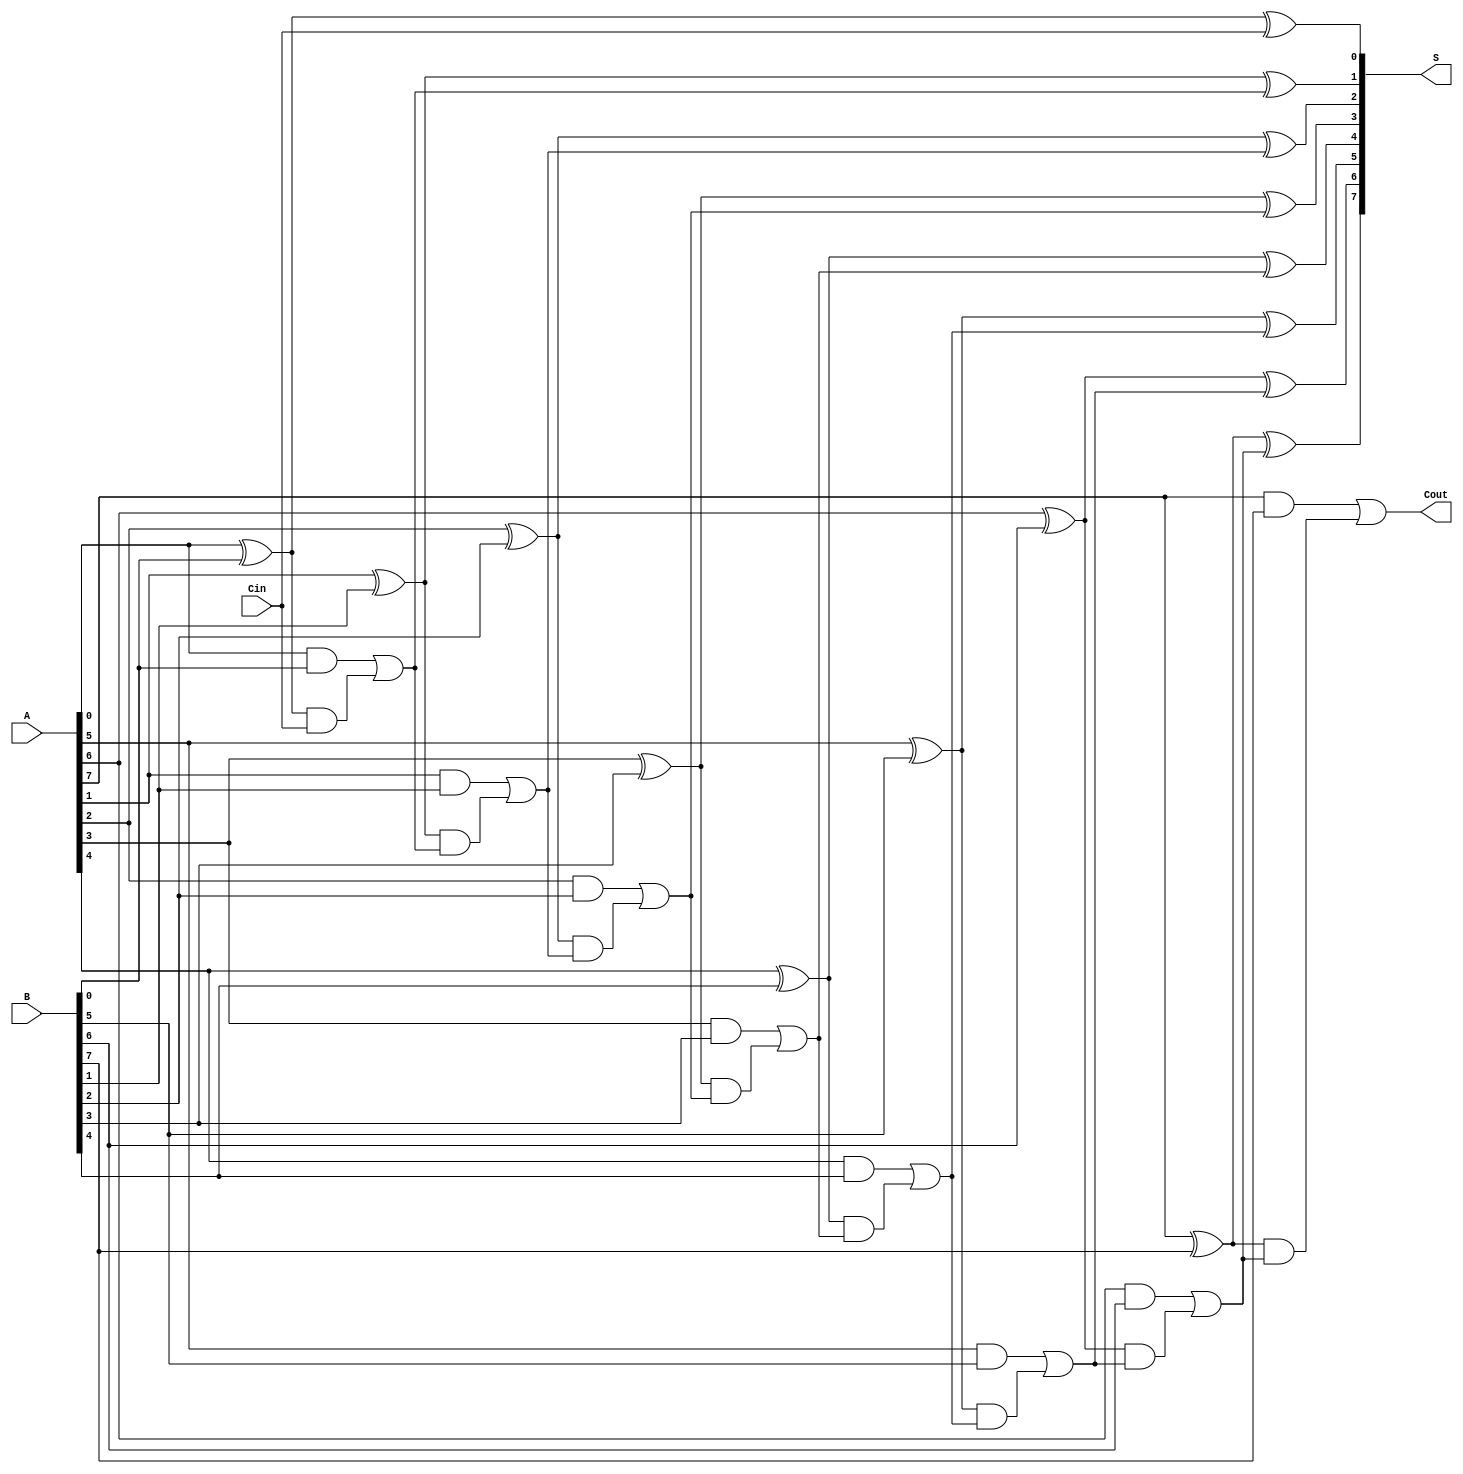
module HanCarlsonAdder #(parameter n = 8) (
    input  [n-1:0] A,      // First input
    input  [n-1:0] B,      // Second input
    input          Cin,     // Carry-in
    output [n-1:0] S,      // Sum output
    output         Cout     // Carry-out
);

    wire [n-1:0] G;        // Generate signals
    wire [n-1:0] P;        // Propagate signals
    wire [n:0] C;          // Carry signals (C[0] = Cin)

    // Generate and Propagate calculations
    genvar i;
    generate
        for (i = 0; i < n; i = i + 1) begin : gen_prop
            assign G[i] = A[i] & B[i];          // Generate
            assign P[i] = A[i] ^ B[i];          // Propagate
        end
    endgenerate

    // Carry generation
    assign C[0] = Cin;                            // C0 = Cin
    generate
        for (i = 1; i <= n; i = i + 1) begin : carry_gen
            assign C[i] = G[i-1] | (P[i-1] & C[i-1]); // Ci = Gi-1 OR (Pi-1 AND Ci-1)
        end
    endgenerate

    // Sum computation
    generate
        for (i = 0; i < n; i = i + 1) begin : sum_comp
            assign S[i] = P[i] ^ C[i];           // S[i] = A[i] XOR B[i] XOR Ci
        end
    endgenerate

    // Carry-out
    assign Cout = C[n];                          // Cout = C[n]

endmodule